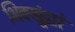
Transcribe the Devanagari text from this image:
भिक्खूंद्वारे